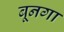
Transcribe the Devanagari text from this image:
बूनगा